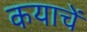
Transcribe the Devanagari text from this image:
कयाचें